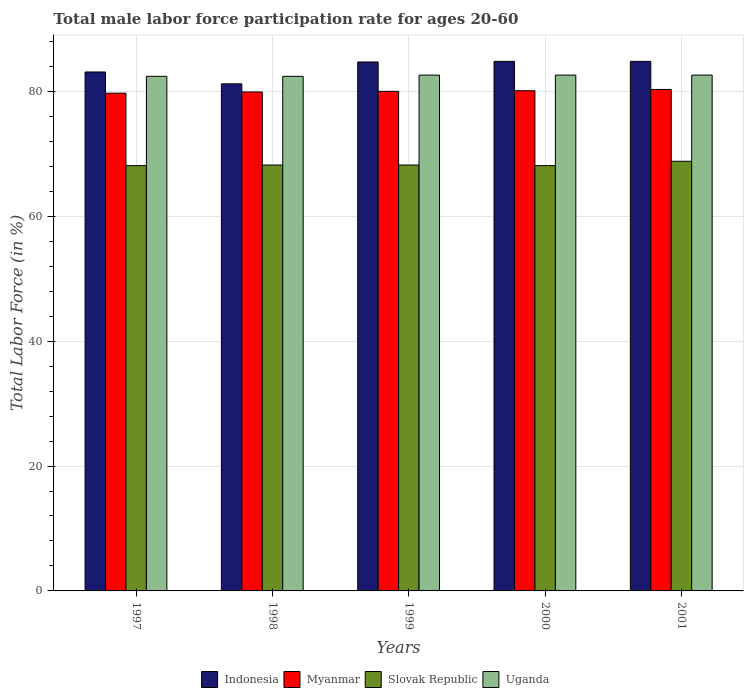
| Years | Indonesia | Myanmar | Slovak Republic | Uganda |
 | --- | --- | --- | --- | --- |
 | 1997 | 83.1 | 79.7 | 68.1 | 82.4 |
 | 1998 | 81.2 | 79.9 | 68.2 | 82.4 |
 | 1999 | 84.7 | 80 | 68.2 | 82.6 |
 | 2000 | 84.8 | 80.1 | 68.1 | 82.6 |
 | 2001 | 84.8 | 80.3 | 68.8 | 82.6 |